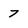
Character: 7